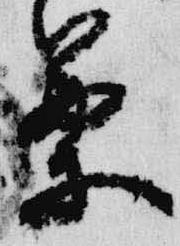
篥